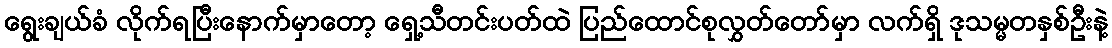
ရွေးချယ်ခံ လိုက်ရပြီးနောက်မှာတော့ ရှေ့သီတင်းပတ်ထဲ ပြည်ထောင်စုလွှတ်တော်မှာ လက်ရှိ ဒုသမ္မတနှစ်ဦးနဲ့